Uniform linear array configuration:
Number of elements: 12
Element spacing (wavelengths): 0.75
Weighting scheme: kaiser
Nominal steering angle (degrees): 60
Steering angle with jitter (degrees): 60.113
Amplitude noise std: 0.05
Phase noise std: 0.05

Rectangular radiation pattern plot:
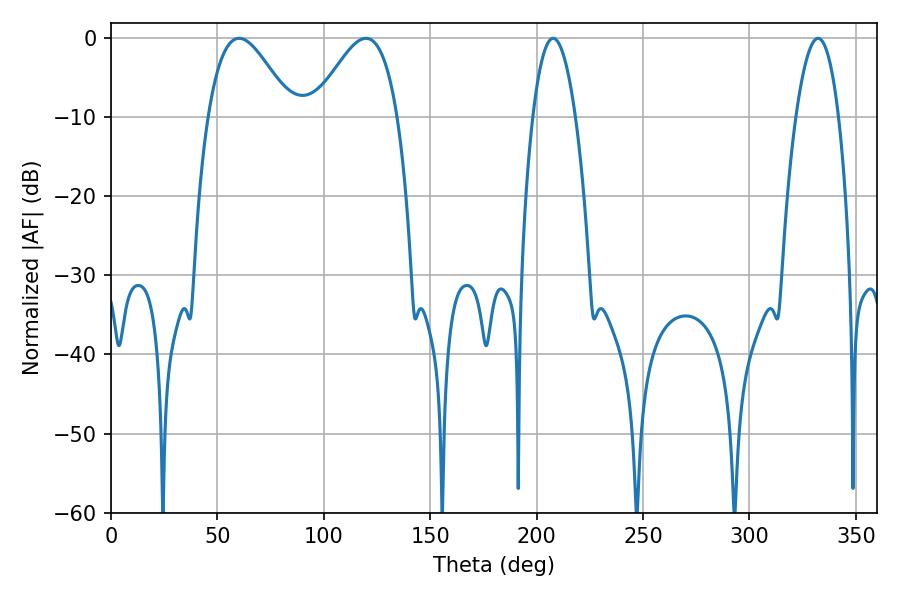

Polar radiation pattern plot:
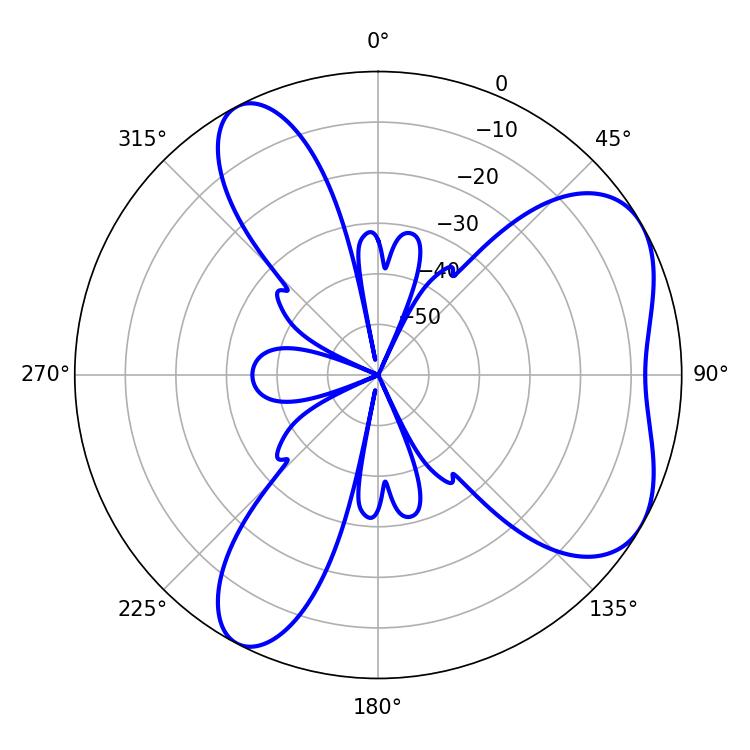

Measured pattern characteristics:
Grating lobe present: TRUE
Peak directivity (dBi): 5.659
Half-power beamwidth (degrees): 11.16
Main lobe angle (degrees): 207.72